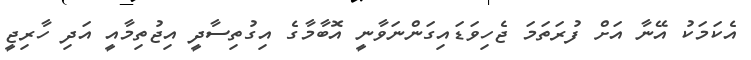
އެކަމަކު އޭނާ އަށް ފުރަތަމަ ޖެހިވަޑައިގަންނަވާނީ އޮބާމާގެ އިގުތިސާދީ އިޖުތިމާއީ އަދި ހާރިޖީ